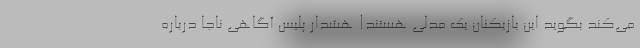
می‌کند بگوید این بازیکنان یک مدلی هستند! هشدار پلیس آگاهی ناجا درباره